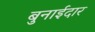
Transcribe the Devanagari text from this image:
बुनाईदार